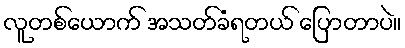
လူတစ်ယောက် အသတ်ခံရတယ် ပြောတာပဲ။